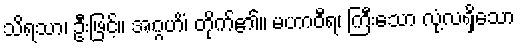
သိရသာ၊ ဦးဖြင့်။ အဂ္ဂဟိံ၊ တိုက်၏။ မဟာဝီရ၊ ကြီးသော လုံ့လရှိသော